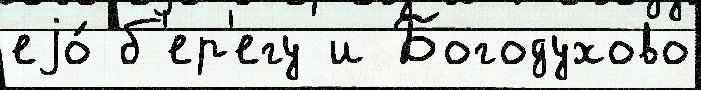
еjо́ б'ер'егу и Богодухово